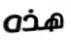
هذه